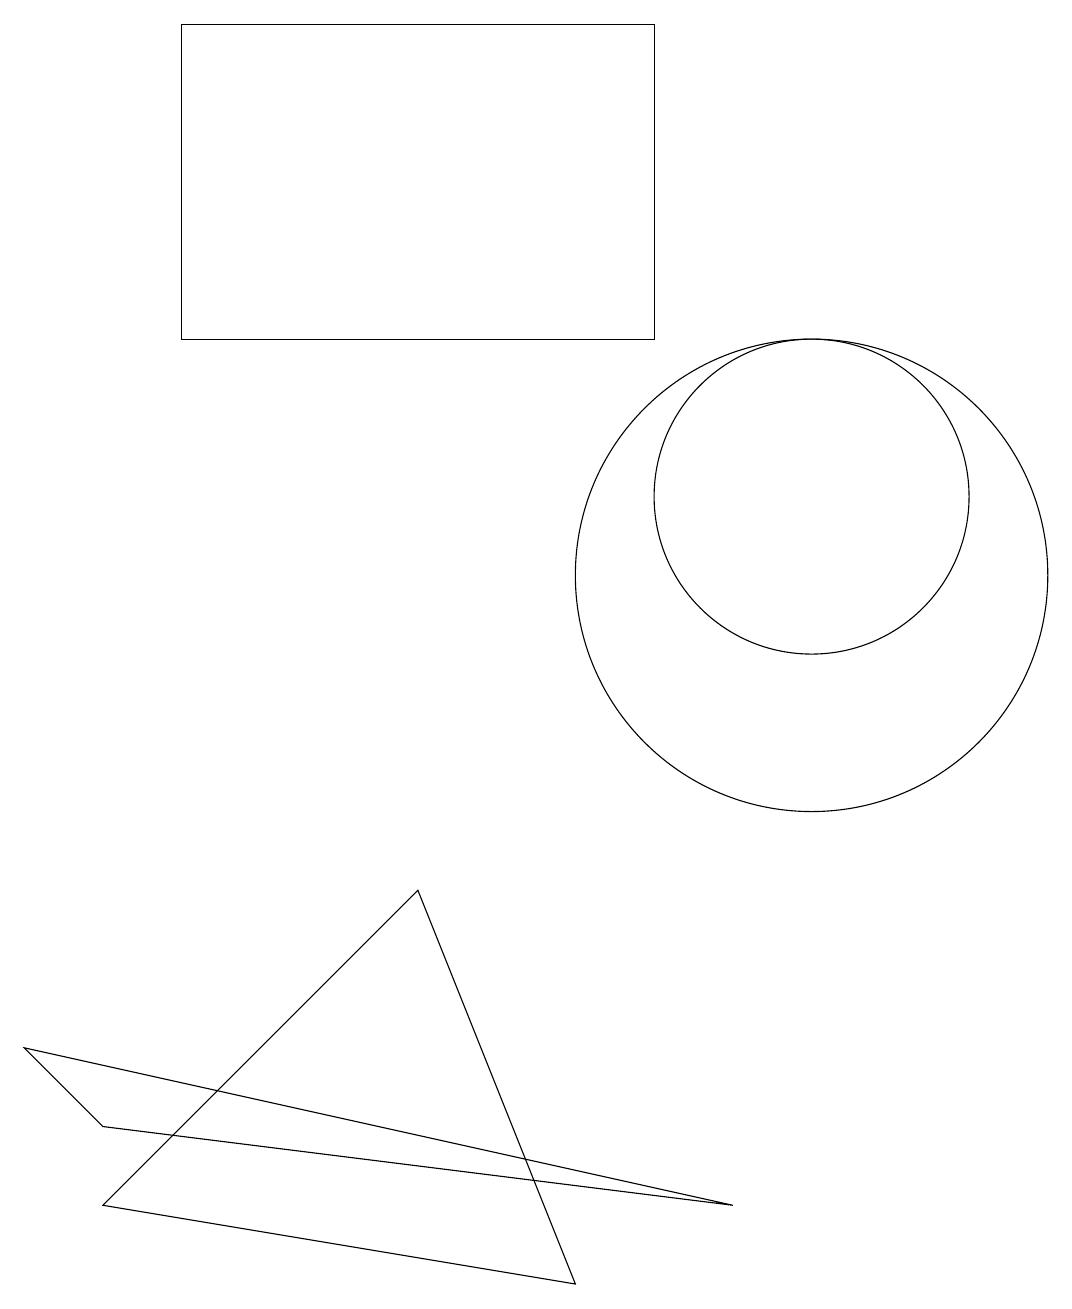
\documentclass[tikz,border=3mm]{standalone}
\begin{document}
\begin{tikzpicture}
\draw (10,11) circle (2);
\draw (1,2) -- (5,6) -- (7,1) -- cycle;
\draw (8,17) rectangle (2,13);
\draw (9,2) -- (0,4) -- (1,3) -- cycle;
\draw (10,10) circle (3);
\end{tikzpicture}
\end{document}